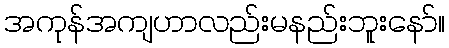
အကုန်အကျဟာလည်းမနည်းဘူးနော်။